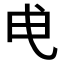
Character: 𭨘